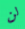
لن